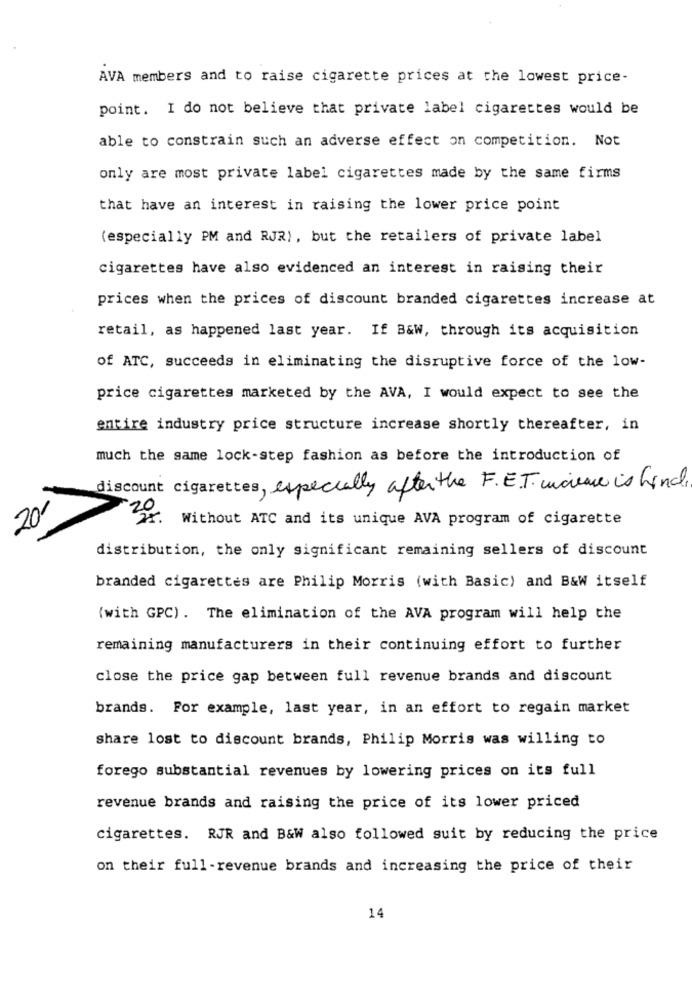
AVA members and to raise cigarette prices at the lowest price-
point. I do not believe that private label cigarettes would be
able to constrain such an adverse effect on competition. Not
only are most private label cigarettes made by the same firms
that have an interest in raising the lower price point
(especially PM and RJR), but the retailers of private label
cigarettes have also evidenced an interest in raising their
prices when the prices of discount branded cigarettes increase at
retail, as happened last year. If B&w, through its acquisition
of ATC, succeeds in eliminating the disruptive force of the low-
price cigarettes marketed by the AVA, I would expect to see the
entire industry price structure increase shortly thereafter, in
much the same lock-step fashion as before the introduction of
discount cigarettes, especially after the F. E.T. increase is find,
70
20
Without ATC and its unique AVA program of cigarette
distribution, the only significant remaining sellers of discount
branded cigarettes are Philip Morris (with Basic) and B&W itself
(with GPC) . The elimination of the AVA program will help the
remaining manufacturers in their continuing effort to further
close the price gap between full revenue brands and discount
brands. For example, last year, in an effort to regain market
share lost to discount brands, Philip Morris was willing to
forego substantial revenues by lowering prices on its full
revenue brands and raising the price of its lower priced
cigarettes. RJR and B&W also followed suit by reducing the price
on their full-revenue brands and increasing the price of their
14